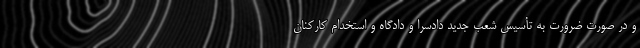
و در صورت ضرورت به تأسیس شعب جدید دادسرا و دادگاه و استخدام کارکنان